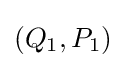
(Q_{1},P_{1})